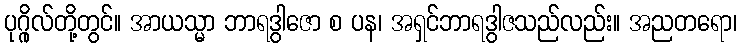
ပုဂ္ဂိုလ်တို့တွင်။ အာယသ္မာ ဘာရဒွါဇော စ ပန၊ အရှင်ဘာရဒွါဇသည်လည်း။ အညတရော၊